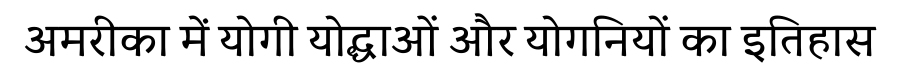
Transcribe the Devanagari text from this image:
अमरीका में योगी योद्धाओं और योगनियों का इतिहास